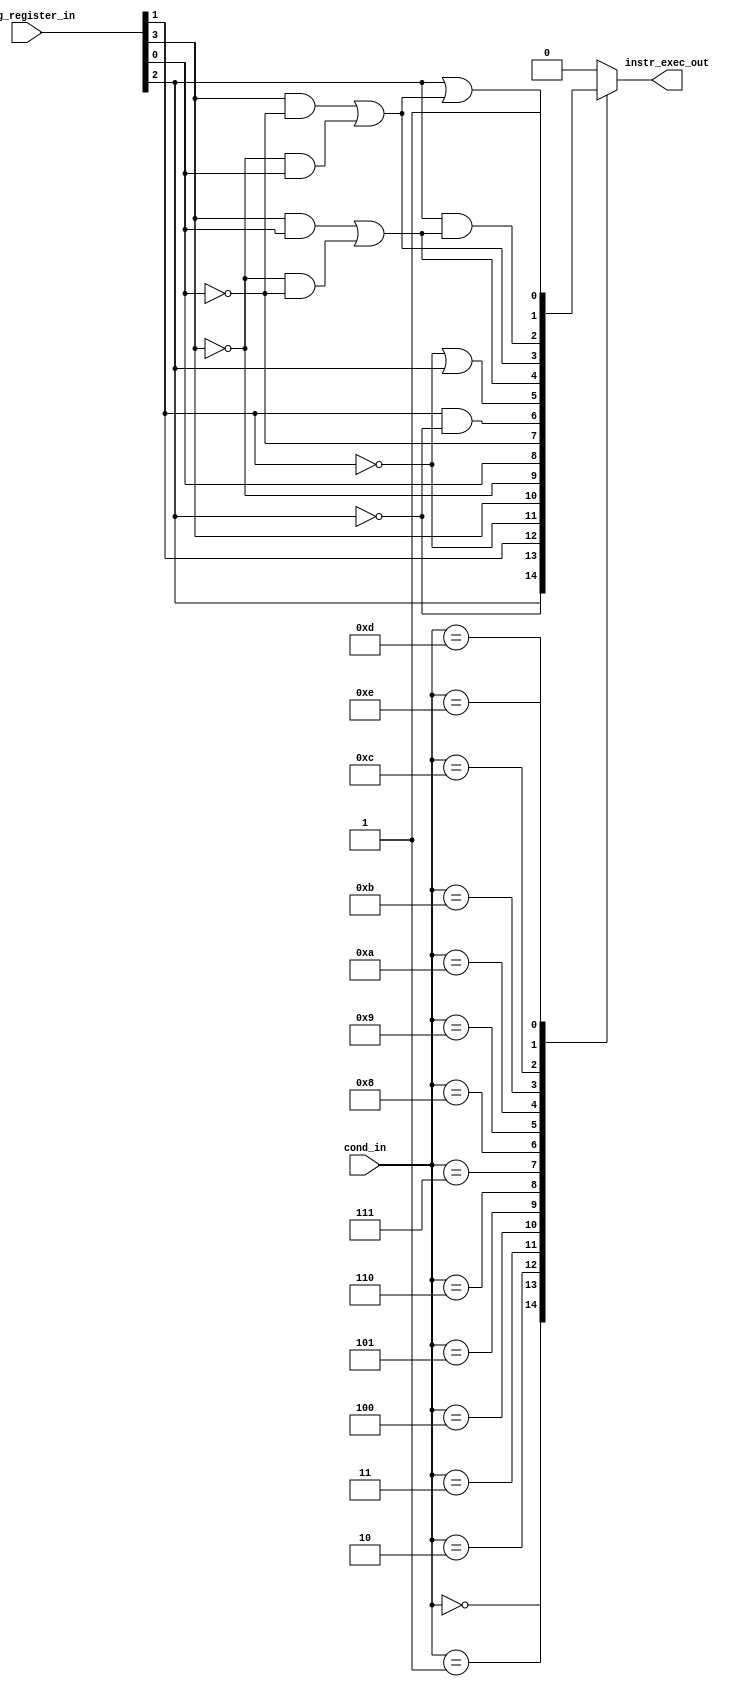
module cond_instr_sel(
    input [3:0] cond_in,
    input [3:0] flag_register_in,
    output reg instr_exec_out
    );
parameter EQ = 4'b0000;
parameter NE = 4'b0001;
parameter CS = 4'b0010;
parameter CC = 4'b0011;
parameter MI = 4'b0100;
parameter PL = 4'b0101;
parameter VS = 4'b0110;
parameter VC = 4'b0111;
parameter HI = 4'b1000;
parameter LS = 4'b1001;
parameter GE = 4'b1010;
parameter LT = 4'b1011;
parameter GRT = 4'b1100;
parameter LE = 4'b1101;
parameter AL = 4'b1110;
parameter NV = 4'b1111;
always@(*)
begin
	case(cond_in)
		EQ : 
		begin
			instr_exec_out = flag_register_in[2];
		end
		NE : 
		begin
			instr_exec_out = ~(flag_register_in[2]);
		end
		CS : 
		begin
			instr_exec_out = flag_register_in[1];
		end
		CC : 
		begin
			instr_exec_out = ~(flag_register_in[1]);
		end
		MI :  
		begin
			instr_exec_out = flag_register_in[3];
		end
		PL :
		begin
			instr_exec_out = ~flag_register_in[3];
		end
		VS : 
		begin
			instr_exec_out = flag_register_in[0];
		end
		VC :
		begin
			instr_exec_out = ~flag_register_in[0];
		end
		HI :
		begin
			instr_exec_out = flag_register_in[1] & ~(flag_register_in[2]);
		end
		LS :
		begin
			instr_exec_out = ~(flag_register_in[1]) | flag_register_in[2];
		end
		GE : 
		begin
			instr_exec_out = (flag_register_in[3] & flag_register_in[0]) | (~(flag_register_in[3]) & ~(flag_register_in[0]));
		end
		LT : 
		begin
			instr_exec_out = (flag_register_in[3] & ~(flag_register_in[0])) | (~(flag_register_in[3]) & flag_register_in[0]);
		end
		GRT :
		begin
			instr_exec_out = flag_register_in[2] & ((flag_register_in[3] & flag_register_in[0]) | (~(flag_register_in[3]) & ~(flag_register_in[0])));
		end
		LE : 
		begin
			instr_exec_out = flag_register_in[2] | ((flag_register_in[3] & ~(flag_register_in[0])) | (~(flag_register_in[3]) & flag_register_in[0]));
		end
		AL : 
		begin
			instr_exec_out = 1'b1;
		end
		default : 
		begin
			instr_exec_out = 1'b0;
		end
	endcase
end
endmodule